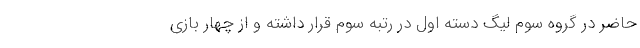
حاضر در گروه سوم لیگ دسته اول در رتبه سوم قرار داشته و از چهار بازی